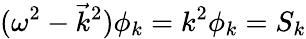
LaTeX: (\omega^{2}-\vec{k}^{2})\phi_{k}=k^{2}\phi_{k}=S_{k}